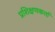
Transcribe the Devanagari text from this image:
प्रशिक्षणकर्ता